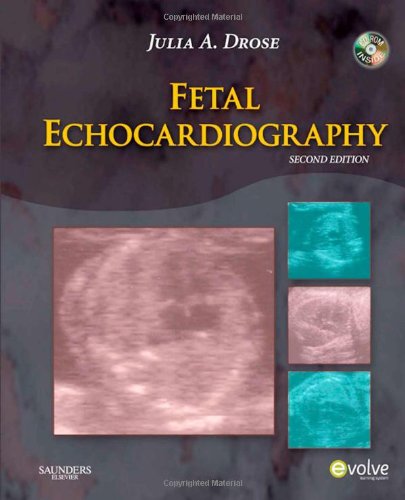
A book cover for Fetal Echocardiography, 2e; Julia A. Drose BA  RDMS  RDCS  RVT; Medical Books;